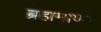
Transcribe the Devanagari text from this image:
ब्रहामाण्ड